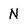
Character: N